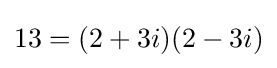
13=(2+3i)(2-3i)